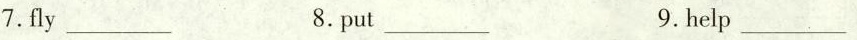
7.f ly___ 8. put___ 9. help___